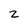
Character: z